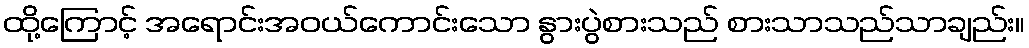
ထို့ကြောင့် အရောင်းအဝယ်ကောင်းသော နွားပွဲစားသည် စားသာသည်သာချည်း။